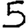
Digit: 5